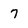
Character: 7